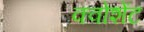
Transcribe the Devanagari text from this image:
क्वोशेंट